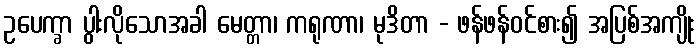
ဥပေက္ခာ ပွါးလိုသောအခါ မေတ္တာ၊ ကရုဏာ၊ မုဒိတာ - ဖန်ဖန်ဝင်စား၍ အပြစ်အကျိုး